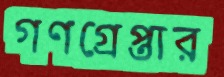
গণগ্রেপ্তার